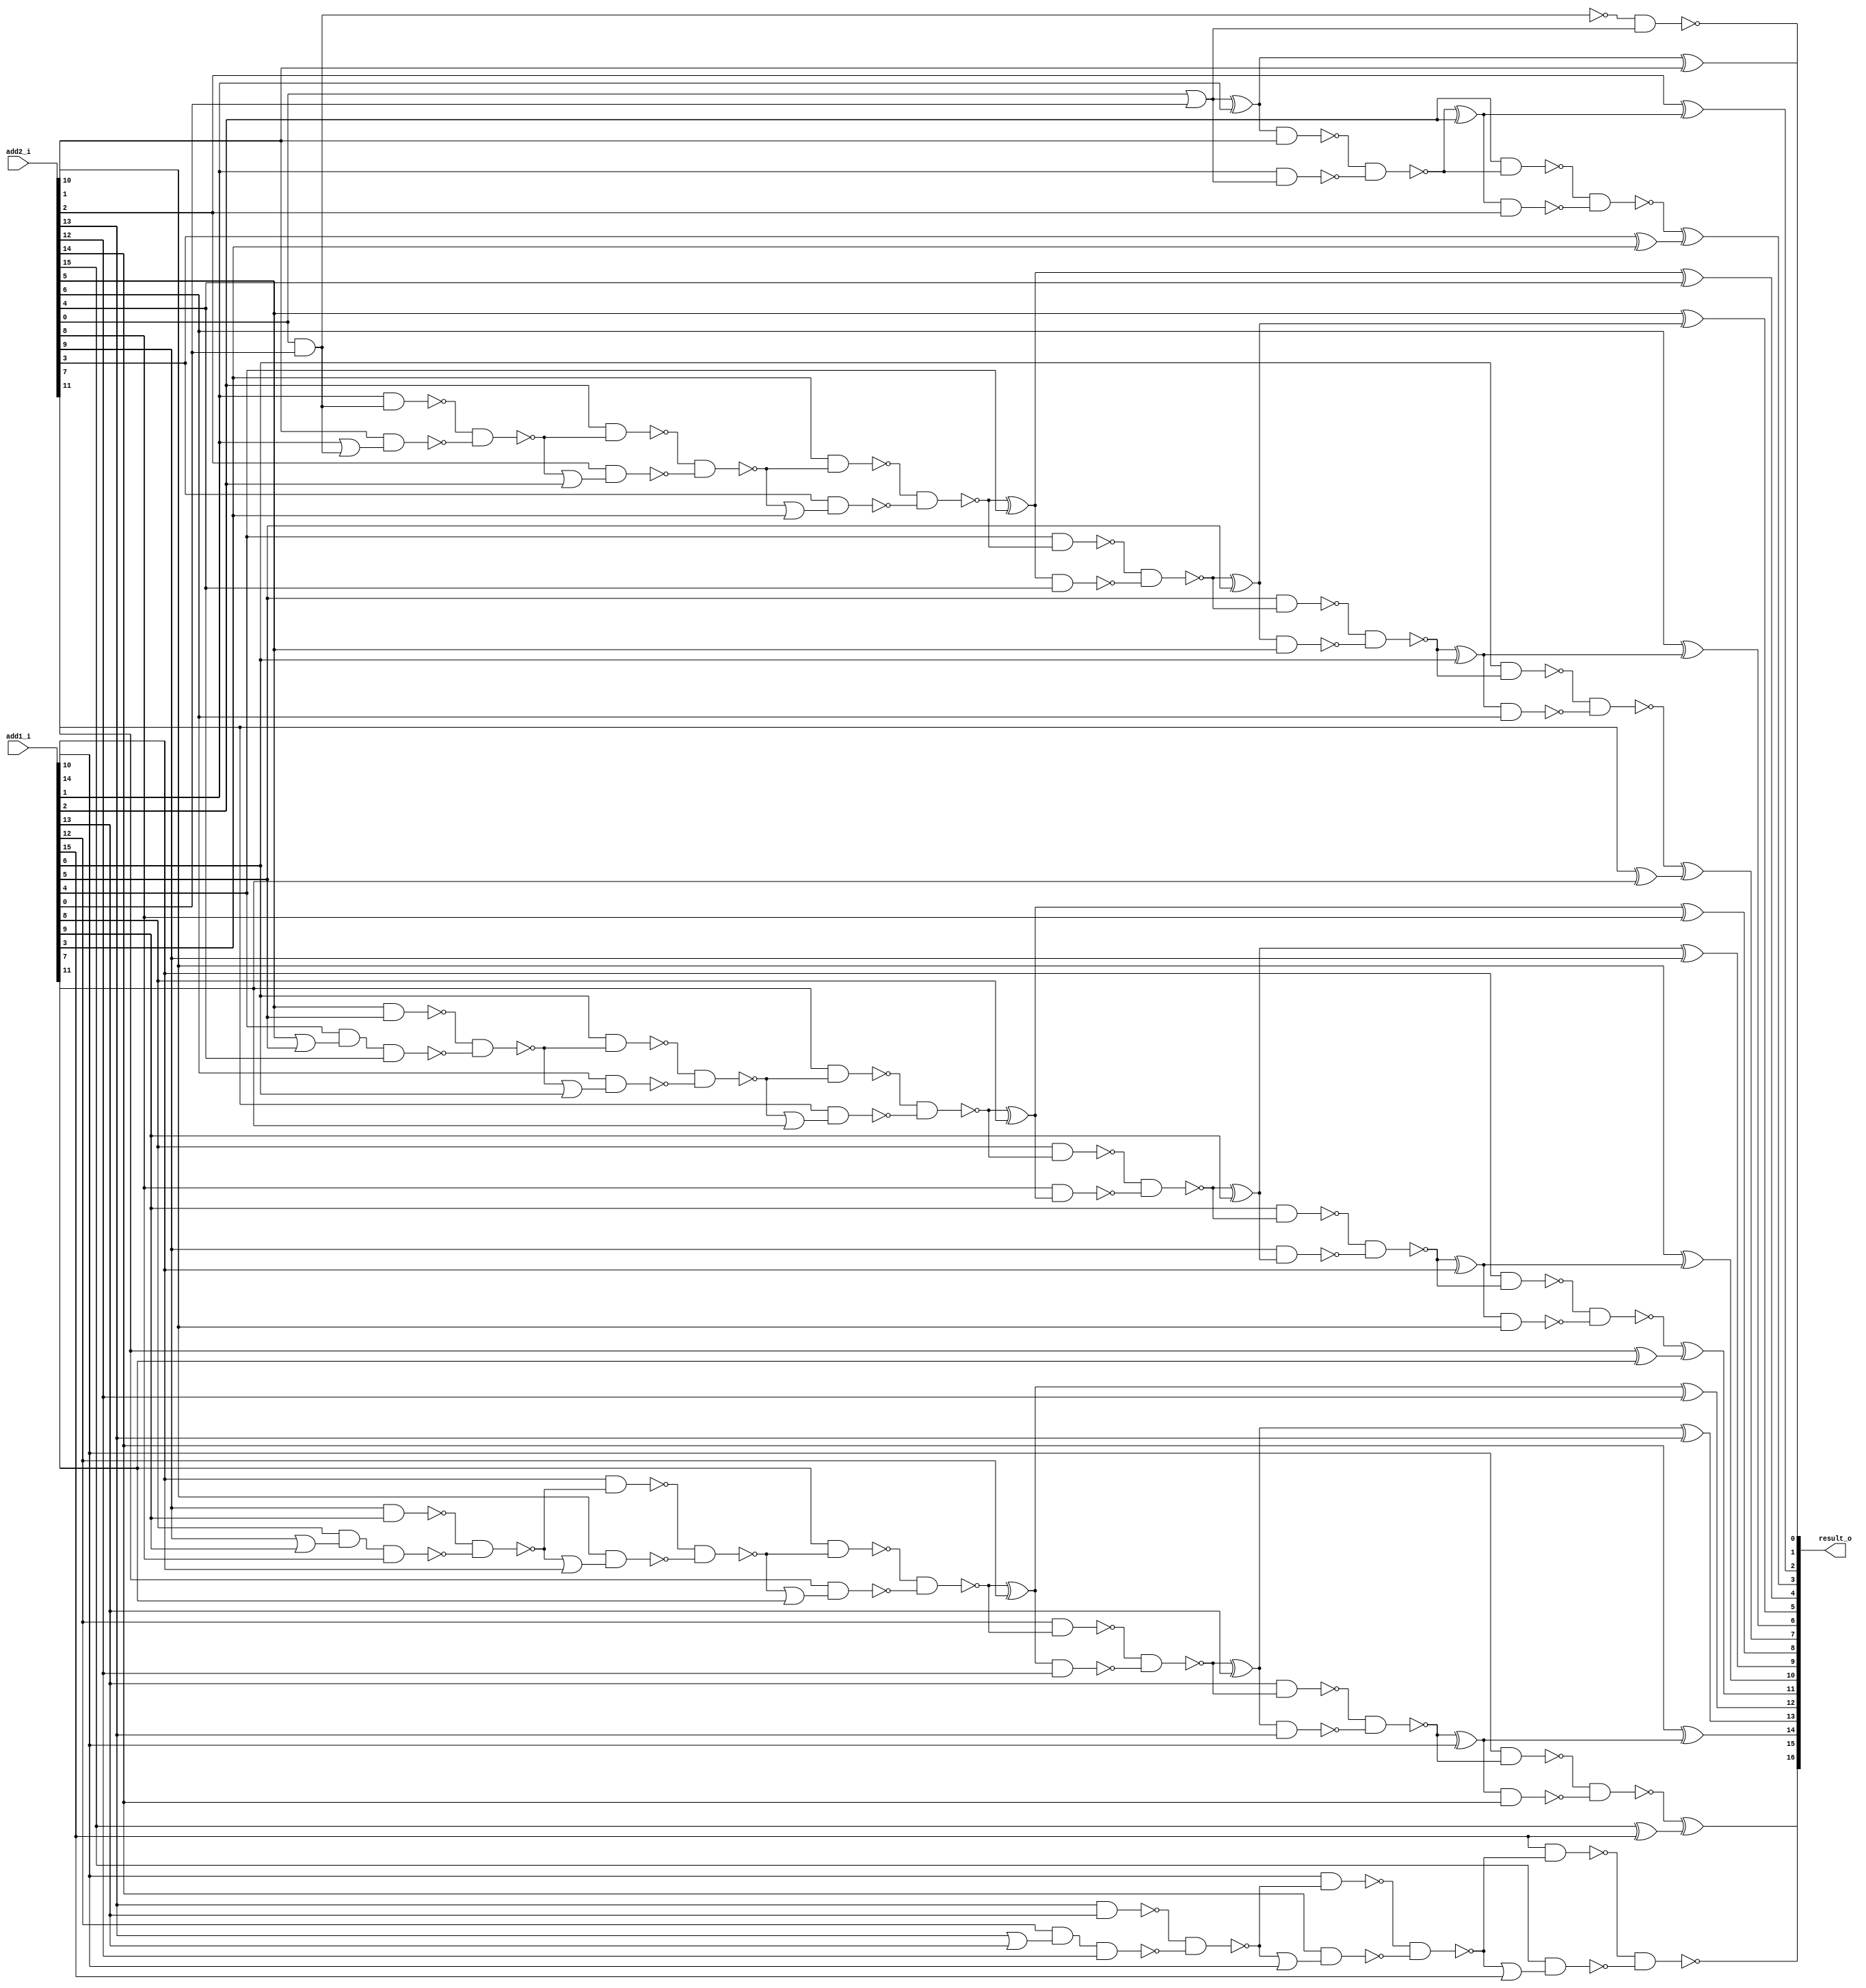
module error_tolerant_type2_adder16 ( add1_i, add2_i, result_o );
  input [15:0] add1_i, add2_i;
  output [16:0] result_o;
  wire   n66, n67, n68, n69, n70, n71, n72, n73, n74, n75, n76, n77, n78, n79,
         n80, n81, n82, n83, n84, n85, n86, n87, n88, n89, n90, n91, n92, n93,
         n94, n95, n96, n97, n98, n99, n100, n101, n102, n103, n104, n105,
         n106, n107, n108, n109, n110, n111, n112, n113, n114, n115, n116,
         n117, n118, n119, n120, n121, n122, n123, n124, n125, n126, n127,
         n128, n129, n130, n131, n132, n133, n134, n135, n136, n137, n138,
         n139, n140, n141, n142, n143, n144, n145, n146, n147, n148, n149,
         n150, n151, n152, n153, n154, n155, n156, n157, n158, n159, n160,
         n161, n162, n163;

  xor U87 ( result_o[9], n67, add2_i[9]);
  xor U88 ( result_o[8], n68, add2_i[8]);
  xor U89 ( result_o[7], n69, n70);
  xor U90 ( n70, add2_i[7], add1_i[7]);
  xor U91 ( result_o[6], add2_i[6], n73);
  xor U92 ( n73, n74, add1_i[6]);
  xor U93 ( result_o[5], add2_i[5], n77);
  xor U94 ( n77, n78, add1_i[5]);
  xor U95 ( result_o[4], n81, add2_i[4]);
  xor U96 ( n81, n82, add1_i[4]);
  xor U97 ( result_o[3], n95, n96);
  xor U98 ( n96, add2_i[3], add1_i[3]);
  xor U99 ( result_o[2], add2_i[2], n99);
  xor U100 ( n99, n100, add1_i[2]);
  xor U101 ( result_o[1], n104, add2_i[1]);
  xor U102 ( n104, n103, add1_i[1]);
  xor U103 ( result_o[15], n116, n117);
  xor U104 ( n117, add2_i[15], add1_i[15]);
  xor U105 ( result_o[14], add2_i[14], n120);
  xor U106 ( n120, n121, add1_i[14]);
  xor U107 ( result_o[13], n124, add2_i[13]);
  xor U108 ( n124, n125, add1_i[13]);
  xor U109 ( result_o[12], n128, add2_i[12]);
  xor U110 ( n128, n129, add1_i[12]);
  xor U111 ( result_o[11], n141, n142);
  xor U112 ( n142, add2_i[11], add1_i[11]);
  xor U113 ( result_o[10], add2_i[10], n145);
  xor U114 ( n145, n146, add1_i[10]);
  xor U115 ( n67, n149, add1_i[9]);
  xor U116 ( n68, n152, add1_i[8]);
  not U117 ( n66, n94);
  nand U118 ( result_o[0], n94, n103);
  nand U119 ( n69, n71, n72);
  nand U120 ( n71, add1_i[6], n74);
  nand U121 ( n74, n75, n76);
  nand U122 ( n75, add1_i[5], n78);
  nand U123 ( n76, n77, add2_i[5]);
  nand U124 ( n144, n145, add2_i[10]);
  nand U125 ( n72, n73, add2_i[6]);
  nand U126 ( n119, n120, add2_i[14]);
  nand U127 ( n78, n79, n80);
  nand U128 ( n79, add1_i[4], n82);
  nand U129 ( n80, n81, add2_i[4]);
  nand U130 ( n94, add2_i[0], add1_i[0]);
  nand U131 ( n125, n126, n127);
  nand U132 ( n126, add1_i[12], n129);
  nand U133 ( n127, n128, add2_i[12]);
  nand U134 ( n121, n122, n123);
  nand U135 ( n122, add1_i[13], n125);
  nand U136 ( n123, n124, add2_i[13]);
  nand U137 ( n149, n150, n151);
  nand U138 ( n150, add1_i[8], n152);
  nand U139 ( n151, add2_i[8], n68);
  nand U140 ( n146, n147, n148);
  nand U141 ( n147, add1_i[9], n149);
  nand U142 ( n148, add2_i[9], n67);
  nand U143 ( n82, n83, n84);
  nand U144 ( n83, add1_i[3], n86);
  nand U145 ( n84, add2_i[3], n85);
  or U146 ( n85, n86, add1_i[3]);
  nand U147 ( n152, n153, n154);
  nand U148 ( n153, add1_i[7], n156);
  nand U149 ( n154, add2_i[7], n155);
  or U150 ( n155, n156, add1_i[7]);
  nand U151 ( n129, n130, n131);
  nand U152 ( n130, add1_i[11], n133);
  nand U153 ( n131, add2_i[11], n132);
  or U154 ( n132, n133, add1_i[11]);
  nand U155 ( n160, n161, n162);
  nand U156 ( n161, add2_i[5], add1_i[5]);
  nand U157 ( n162, add1_i[4], n163, add2_i[4]);
  or U158 ( n163, add2_i[5], add1_i[5]);
  nand U159 ( n137, n138, n139);
  nand U160 ( n138, add2_i[9], add1_i[9]);
  nand U161 ( n139, add1_i[8], n140, add2_i[8]);
  or U162 ( n140, add2_i[9], add1_i[9]);
  nand U163 ( n86, n87, n88);
  nand U164 ( n87, add1_i[2], n90);
  nand U165 ( n88, add2_i[2], n89);
  or U166 ( n89, n90, add1_i[2]);
  nand U167 ( n156, n157, n158);
  nand U168 ( n157, add1_i[6], n160);
  nand U169 ( n158, add2_i[6], n159);
  or U170 ( n159, n160, add1_i[6]);
  nand U171 ( n133, n134, n135);
  nand U172 ( n134, add1_i[10], n137);
  nand U173 ( n135, add2_i[10], n136);
  or U174 ( n136, n137, add1_i[10]);
  nand U175 ( n141, n143, n144);
  nand U176 ( n143, add1_i[10], n146);
  nand U177 ( n116, n118, n119);
  nand U178 ( n118, add1_i[14], n121);
  nand U179 ( n90, n91, n92);
  nand U180 ( n91, add1_i[1], n66);
  nand U181 ( n92, add2_i[1], n93);
  or U182 ( n93, add1_i[1], n66);
  or U183 ( n103, add2_i[0], add1_i[0]);
  nand U184 ( n95, n97, n98);
  nand U185 ( n97, add1_i[2], n100);
  nand U186 ( n98, n99, add2_i[2]);
  nand U187 ( n100, n101, n102);
  nand U188 ( n102, add1_i[1], n103);
  nand U189 ( n101, n104, add2_i[1]);
  nand U190 ( n112, n113, n114);
  nand U191 ( n113, add2_i[13], add1_i[13]);
  nand U192 ( n114, add1_i[12], n115, add2_i[12]);
  or U193 ( n115, add2_i[13], add1_i[13]);
  nand U194 ( n108, n109, n110);
  nand U195 ( n109, add1_i[14], n112);
  nand U196 ( n110, add2_i[14], n111);
  or U197 ( n111, n112, add1_i[14]);
  nand U198 ( result_o[16], n105, n106);
  nand U199 ( n105, add1_i[15], n108);
  nand U200 ( n106, add2_i[15], n107);
  or U201 ( n107, n108, add1_i[15]);
endmodule